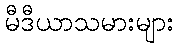
မီဒီယာသမားများ